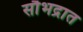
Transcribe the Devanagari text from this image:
सौभद्रात